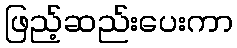
ဖြည့်ဆည်းပေးကာ